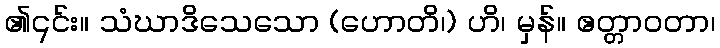
၏၎င်း။ သံဃာဒိသေသော (ဟောတိ၊) ဟိ၊ မှန်။ ဧတ္တာဝတာ၊